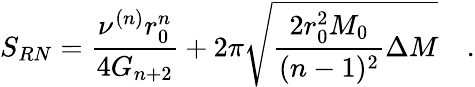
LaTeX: S_{RN}=\frac{\nu^{(n)}r_{0}^{n}}{4G_{n+2}}+2\pi\sqrt{\frac{2r_{0}^{2}M_{0}}{(n-1)^{2}}\Delta M}\quad.